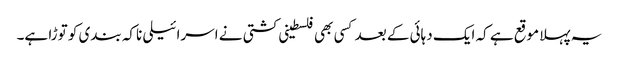
یہ پہلا موقع ہے کہ ایک دہائی کے بعد کسی بھی فلسطینی کشتی نے اسرائیلی ناکہ بندی کو توڑا ہے۔